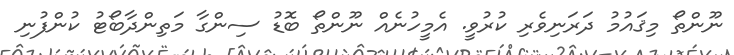
ނޫންތޯ މިޤައުމު ދަރަނިވެރި ކުރުވީ. އެމީހުނެއް ނޫންތޯ ބޮޑު ސިންގާ މަތިންދާބޯޓު ކުންފުނި